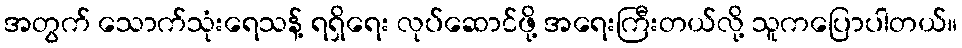
အတွက် သောက်သုံးရေသန့် ရရှိရေး လုပ်ဆောင်ဖို့ အရေးကြီးတယ်လို့ သူကပြောပါတယ်။